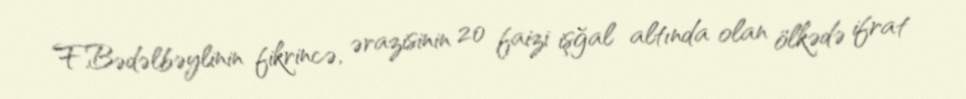
F.Bədəlbəylinin fikrincə, ərazisinin 20 faizi işğal altında olan ölkədə ifrat